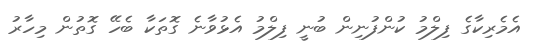
އެމެރިކާގެ ފިލްމު ކުންފުނިން ބުނީ ފިލްމު އެޅުވާނެ ގޮތަކާ ބެހޭ ގޮތުން މިހާރު